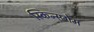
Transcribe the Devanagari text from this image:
स्किन्सगेम